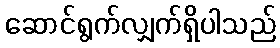
ဆောင်ရွက်လျှက်ရှိပါသည်